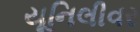
યૂનિલીવર